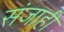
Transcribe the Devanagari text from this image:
संजाही